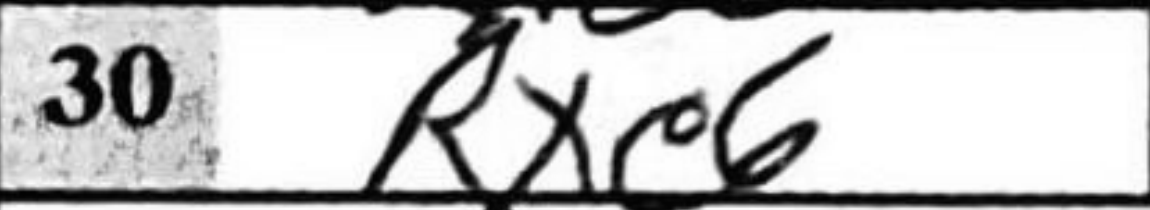
Transcription: Rxc6